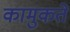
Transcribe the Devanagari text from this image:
कामुकते